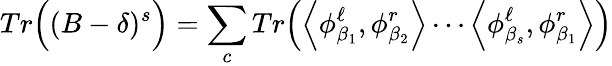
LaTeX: Tr\Big((B-\delta)^{s}\Big)=\sum_{c}Tr\Big(\Big<\phi_{\beta_{1}}^{\ell},\phi_{\beta_{2}}^{r}\Big>\cdots\Big<\phi_{\beta_{s}}^{\ell},\phi_{\beta_{1}}^{r}\Big>\Big)